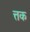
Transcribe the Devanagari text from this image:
त्तक